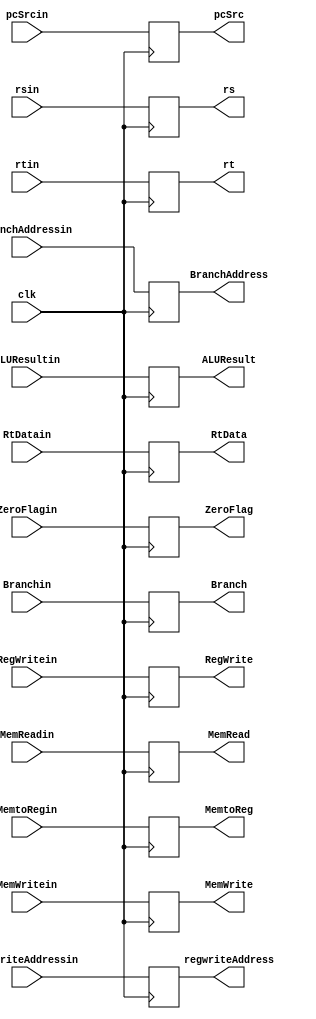
`timescale 1ns / 1ps


module ExMemReg(
    output [31:0] ALUResult,
	 output [31:0] RtData,
	 output [4:0]  rs,
    output [4:0]  rt,
	 output [4:0]  regwriteAddress,
	 output [31:0] BranchAddress,
	 output        pcSrc,
	 output        ZeroFlag,
    output MemtoReg,  //2
    output RegWrite,  //2 
    output MemRead,   //1
    output MemWrite,  //1
	 output Branch,    //1
	 
	 
	 
	 input         clk,
	 input [31:0]  ALUResultin,
	 input [31:0]  RtDatain,
	 input [4:0]   rsin,
	 input [4:0]   rtin,
	 input [4:0]   regwriteAddressin,
	 input  [31:0] BranchAddressin,
	 input         pcSrcin,
	 input         ZeroFlagin,
	 input         MemtoRegin,
	 input         RegWritein,
    input         MemReadin,   
    input         MemWritein,  
	 input      	Branchin
	  
    );
	 
	 
	 reg [31:0] tempALUResult;
	 reg [31:0] tempRtData;
	 reg [4:0]  temprs;
	 reg [4:0]  temprt;
	 reg [4:0]  tempregwriteAddress;
	 reg [31:0] tempBranchAddress;
	 reg        temppcSrc;
	 reg        tempZeroFlag;
	 reg        tempMemtoReg;  
	 reg        tempRegWrite;   
	 reg        tempMemRead;  
	 reg        tempMemWrite;  
	 reg        tempBranch;  
	 
	 
	 always@(posedge clk)
	 begin
	 
            tempALUResult         =  ALUResultin         ;
				tempRtData            =  RtDatain            ;
				temprs                =  rsin                ;
            temprt                =  rtin                ;
            tempregwriteAddress   =  regwriteAddressin   ;
				tempBranchAddress     = BranchAddressin      ;
				temppcSrc             = pcSrcin              ;
            tempZeroFlag          =  ZeroFlagin          ;
            tempMemtoReg          =  MemtoRegin          ;
            tempRegWrite          =  RegWritein          ;
            tempMemRead           =  MemReadin           ;
            tempMemWrite          =  MemWritein          ;
            tempBranch            =  Branchin            ;	 
	  
	 
	 end
	 
	 
      assign          ALUResult         =  tempALUResult       ;
      assign          RtData            =  tempRtData          ;
      assign		    rs                =  temprs              ;
      assign          rt                =  temprt              ;
      assign          regwriteAddress   =  tempregwriteAddress ;
		assign          BranchAddress     =  tempBranchAddress   ;
		assign          pcSrc             =  temppcSrc           ;
      assign          ZeroFlag          =  tempZeroFlag        ;
      assign          MemtoReg          =  tempMemtoReg        ;
      assign          RegWrite          =  tempRegWrite        ;
      assign          MemRead           =  tempMemRead         ;
      assign          MemWrite          =  tempMemWrite        ;
      assign          Branch            =  tempBranch          ;


endmodule